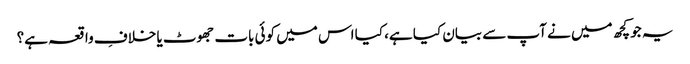
یہ جو کچھ میں نے آپ سے بیان کیا ہے، کیا اس میں کوئی بات جھوٹ یا خلافِ واقعہ ہے؟